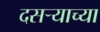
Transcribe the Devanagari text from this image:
दसऱ्‍याच्या